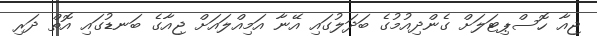
ޖިއާ ހޮސްޕިޓަލަށް ގެންދިއުމުގެ ބަދަލުގައި އޭނާ އަމިއްލައަށް ޖިއާގެ ބަނޑުގައި އޮތް ދަރި